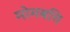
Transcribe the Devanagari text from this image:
मोमबत्ति